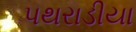
પથરાડીયા